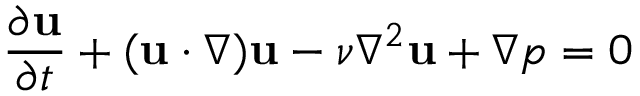
\frac { \partial { \bf u } } { \partial t } + ( { \bf u } \cdot \nabla ) { \bf u } - \nu \nabla ^ { 2 } { \bf u } + \nabla p = 0